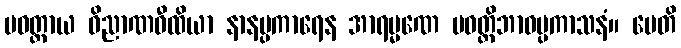
ပဝတ္တာယ ဝိညာဏဝီထိယာ နာနပ္ပကာရေန အာရမ္မဏေ ပဝတ္တိဘာဝပ္ပကာသနံ။ မေတိ